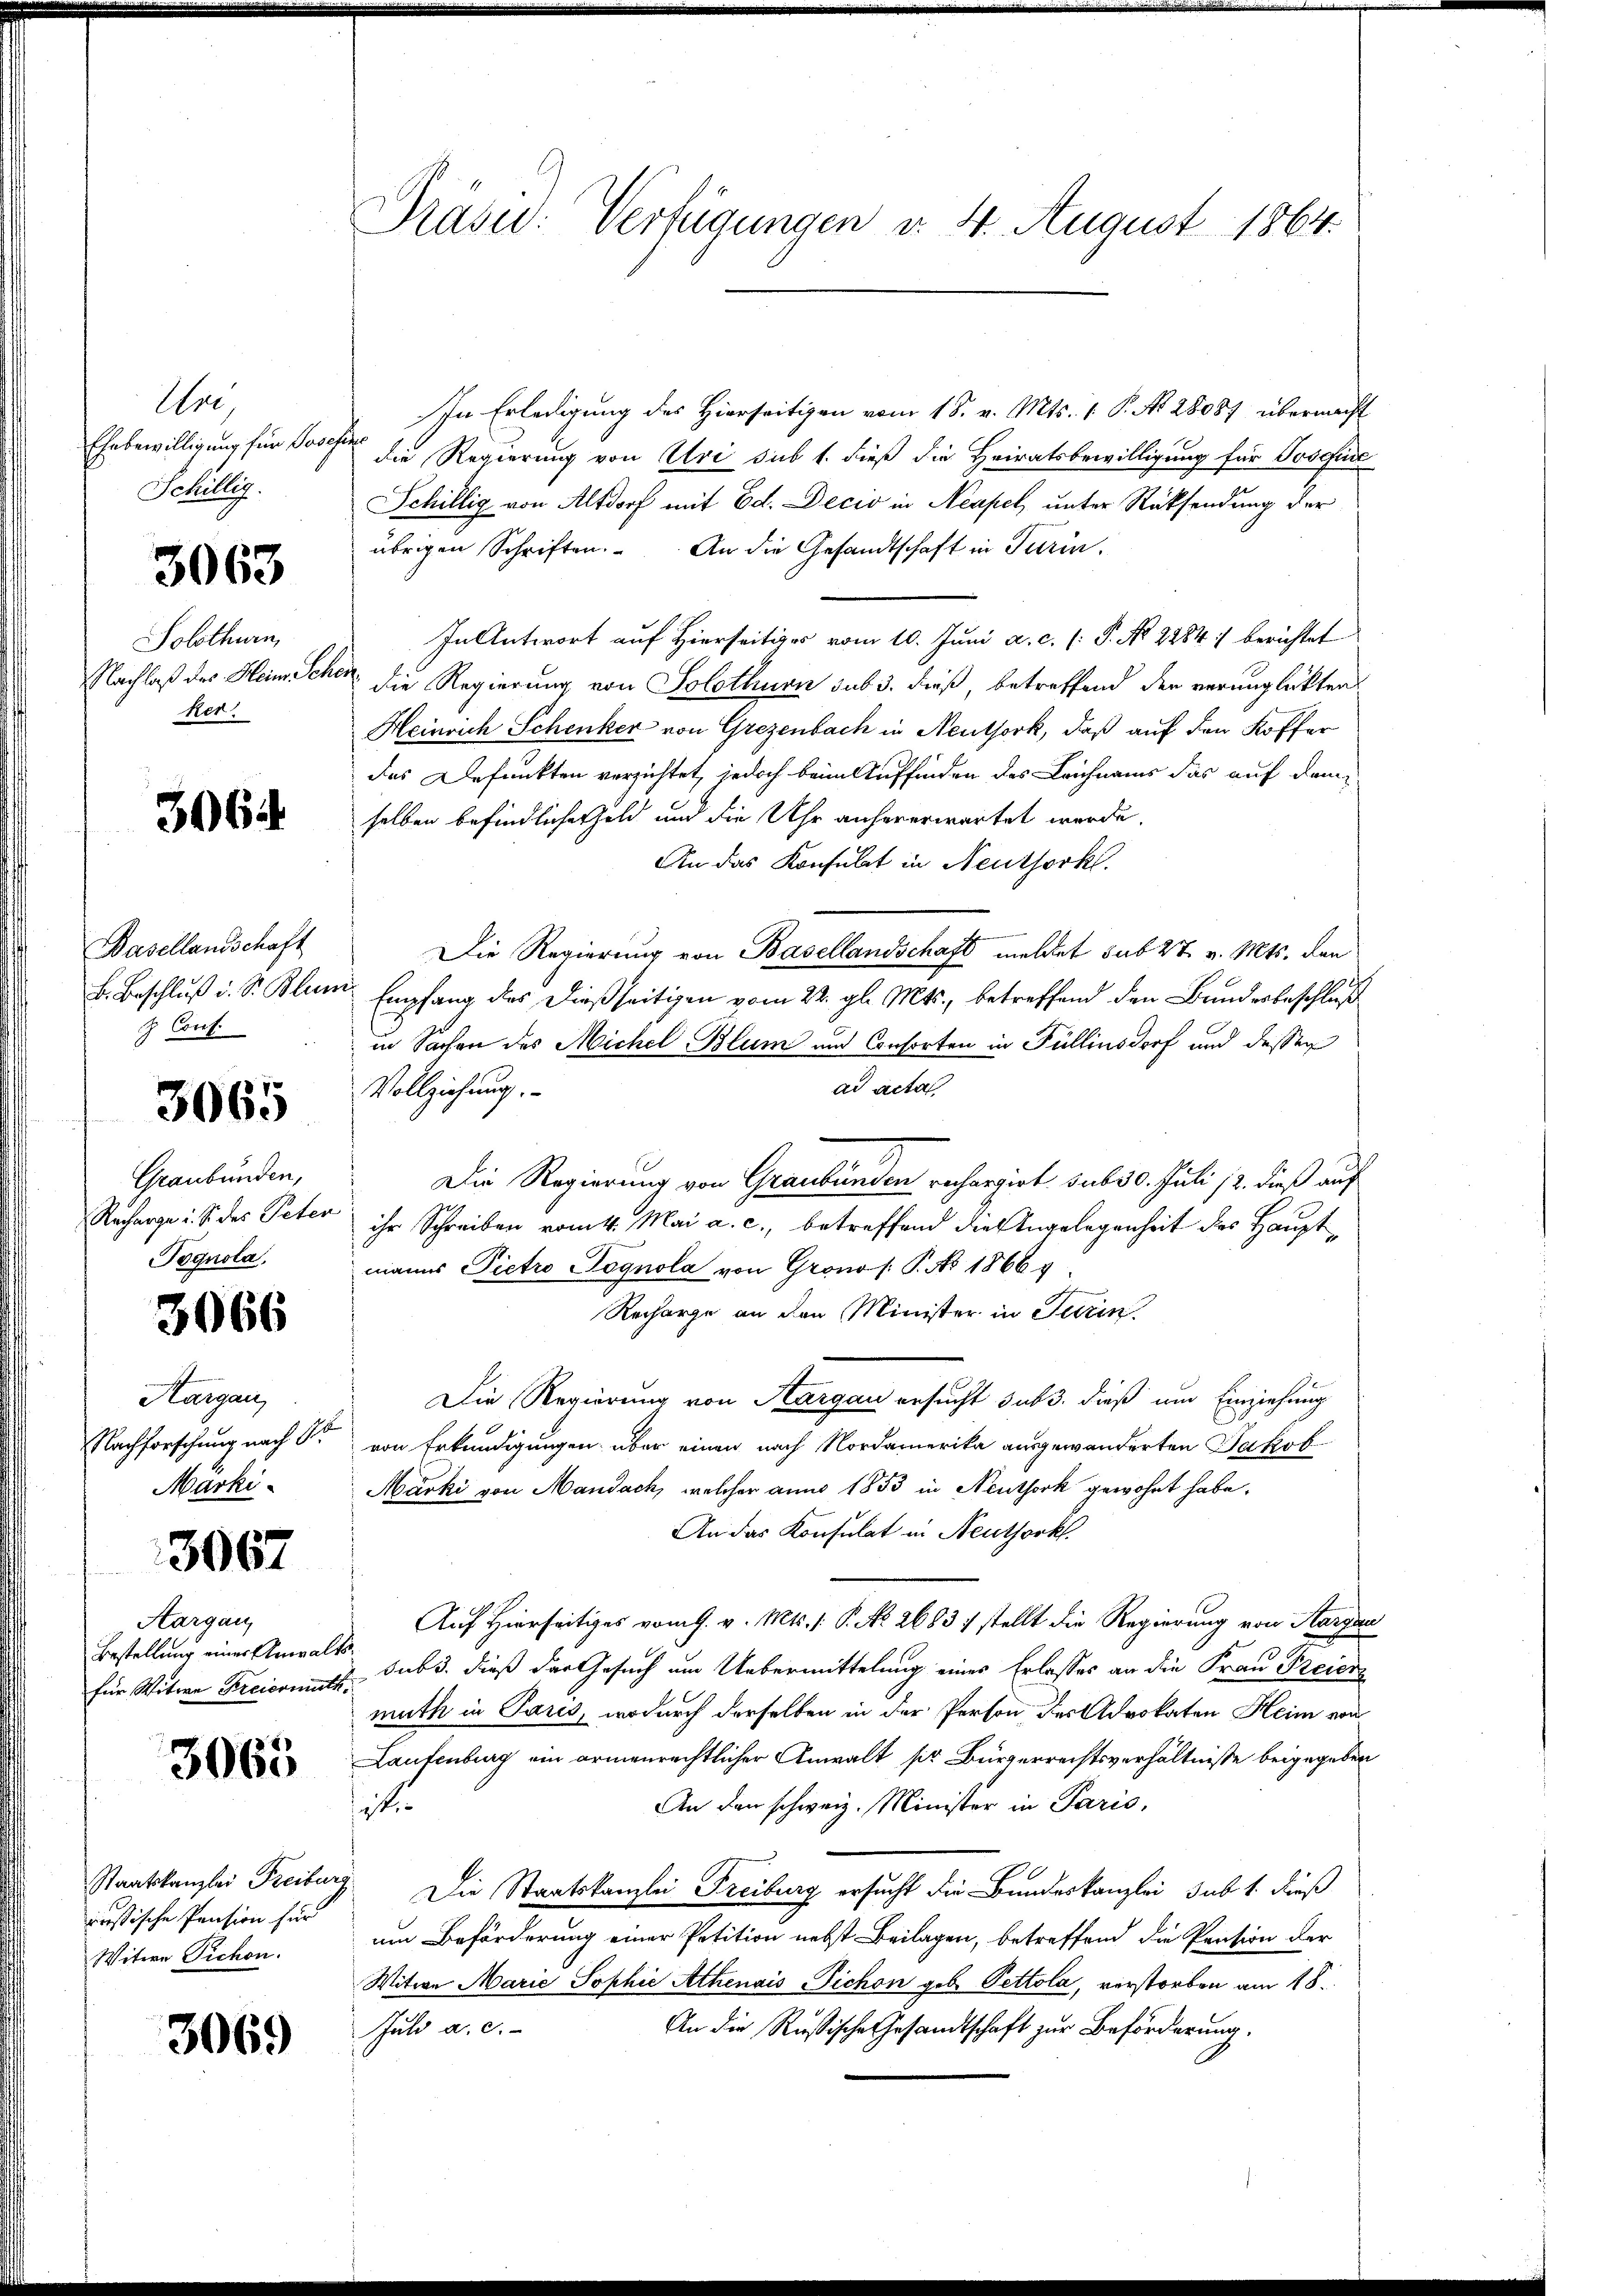
Are
Ehrbewilligung für Pose
Schillig.

3063

Solothurn,
Nachlaß des Heine Sch
ker

3064

Basellandschaft
B. Beschluß d. S. Blun
Z Cout.

3065

Graubünden,
Recharge u. S. des Peter
Pognola,

3066

Aargau,
Nachforschung nach S.
Marki

3067

Aargau
Bestellung einer Anwalfür Witwe Freicomit

3065

Staatskanzlei Freibur
reesische Pension für
Witwe Pichon.

3069

Prasid: Verfügungen d. 4. August 1864.

In Erledigung des Hierseitigen vom 18. v. Mts. 1 P. No 28087 übermacht
¬
die Regierung von Uri sub 1. dieß die Heiratsbewilligung für Josefare
Schillig von Altdorf mit Ed. Decio in Neapel unter Rücksendung der
übrigen Schriften. An die Gesandtschaft in Turin.
In Antwort auf Hierseitige vom 10. Juni a. c. (: P. No 2284 :/ berichtet
die Regierung von Solothurn sub 3. dieß, betreffend der verunglückten
Heinrich Schenker von Grezenbach in Neuthork, daß auf den Koffer
das Defunkten verzichtet, jedoch beim Auffinden des Leichnams das auf demselben befindliches Geld und die Uhr anhererwartet werde.
An das Konsulat in Neuthork
Die Regierung von Basellandschaft meldet sub 27. v. Mts. den
Empfang des dießseitigen vom 22. gl. Mts., betreffend den Bundesbeschluß
in Sachen des Michel Blum und Consorten in Füllensdorf und dessen
ad acta
Vollziehung.
Die Regierung von Graubünden rechargirt sub 30. Juli 12. dieß auf
ihr Schreiben vom 4. Mai a. c., betreffend die Angelegenheit des Hauptmanns Pietro Pognola von Gronos P. No 1866 v
Recharge an den Minister in Turin
Die Regierung von Aargau ersucht sub 3. dieß um Einziehung
von Erkundigungen über einen nach Nordamerika ausgewanderten Jakob
Märki von Mandach, welcher anno 1853 in Neuthork gewohnt habe.
An das Konsulat in Neuthork
Auf Hierseitiges vom 9. v. Mts. 1. P. Nr. 2683 stellt die Regierung von Aargau
 subs, dieß der Gesuch um Uebermittelung eines Erlasses an die Frau Freier
muth in Paris, wodurch derselben in der Person des Advokaten Heim von
Laufenburg ein armenrechtlicher Anwalt sr Bürgerrechtsverhältnisse beigegeben
An den schweiz. Minister in Paris,
itu
Die Staatskanzlei Freiburg ersucht die Bundeskanzlei sub 1. dieß
um Beförderung einer Petition nebst Beilagen, betreffend die Pension der
Witwe Marie Sophie Athenais Pichon geb. Pettola, verstorben am 18.
An die Rußische Gesandtschaft zur Beförderung.
Juli a. c.